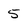
Character: 5